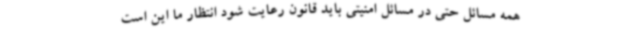
همه مسائل حتی در مسائل امنیتی باید قانون رعایت شود انتظار ما این است